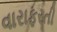
વારાફરતી